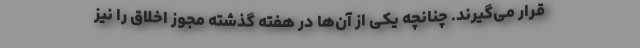
قرار می‌گیرند. چنانچه یکی از آن‌ها در هفته گذشته مجوز اخلاق را نیز